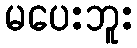
မပေးဘူး